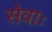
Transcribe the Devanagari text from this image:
सेवाः